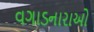
વગાડનારાઓ